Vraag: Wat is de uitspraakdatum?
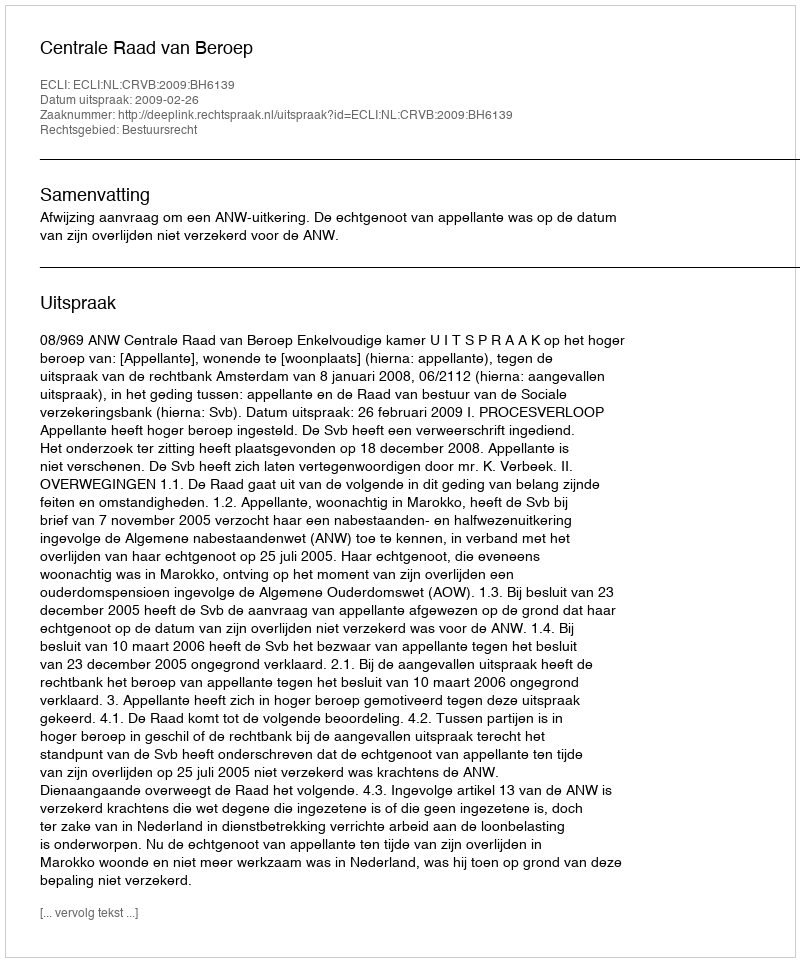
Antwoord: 2009-02-26